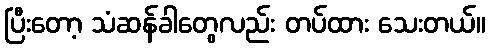
ပြီးတော့ သံဆန်ခါတွေလည်း တပ်ထား သေးတယ်။